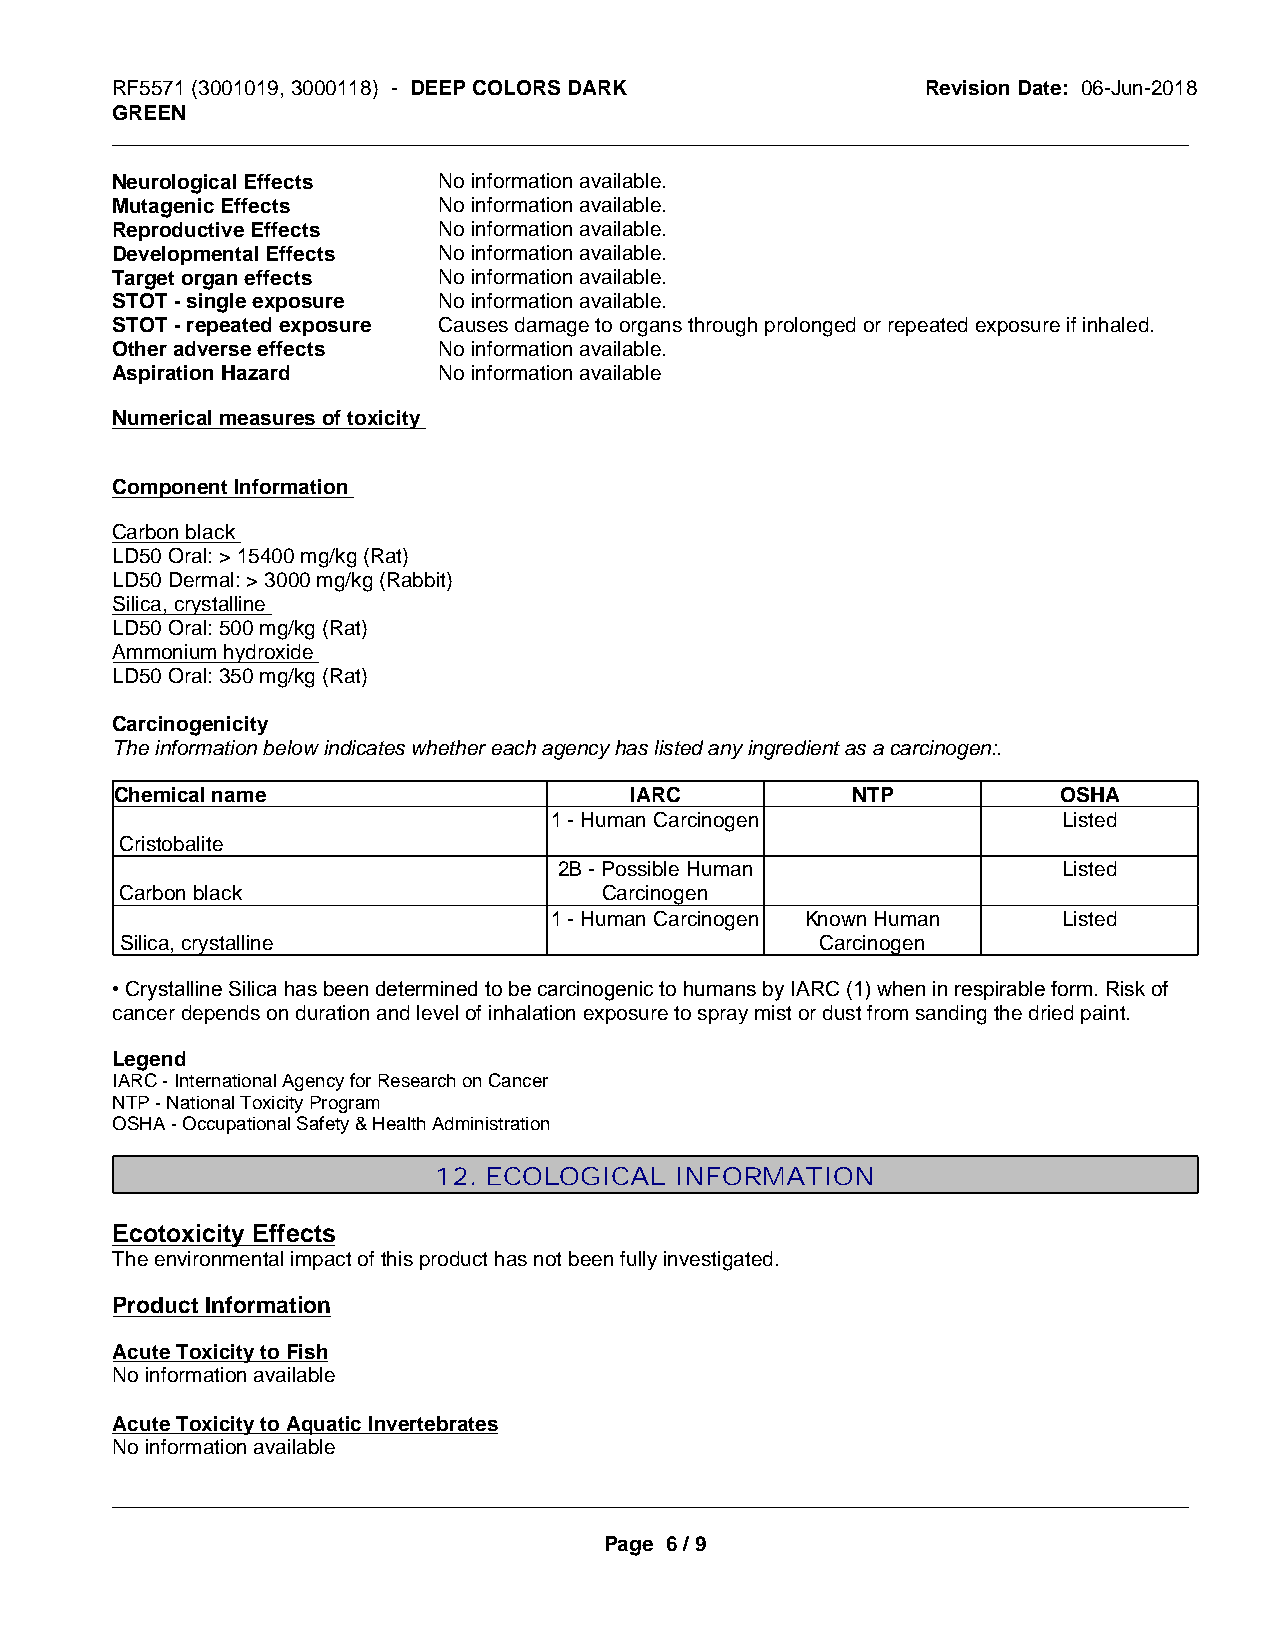
RF5571 (3001019, 3000118) - DEEP COLORS DARK          Revision Date: 06-Jun-2018
 GREEN
 _____________________________________________________________________________________________
 Neurological Effects  No information available.
 Mutagenic Effects     No information available.
 Reproductive Effects  No information available.
 Developmental Effects No information available.
 Target organ effects  No information available.
 STOT - single exposure No information available.
 STOT - repeated exposure Causes damage to organs through prolonged or repeated exposure if inhaled.
 Other adverse effects No information available.
 Aspiration Hazard     No information available
 Numerical measures of toxicity
 Component Information
 Carbon black
 LD50 Oral: > 15400 mg/kg (Rat)
 LD50 Dermal: > 3000 mg/kg (Rabbit)
 Silica, crystalline
 LD50 Oral: 500 mg/kg (Rat)
 Ammonium hydroxide
 LD50 Oral: 350 mg/kg (Rat)
 Carcinogenicity
 The information below indicates whether each agency has listed any ingredient as a carcinogen:.
 Chemical name                     IARC          NTP           OSHA
 1 - Human Carcinogen              Listed
 Cristobalite
 2B - Possible Human              Listed
 Carbon black                    Carcinogen
 1 - Human Carcinogen Known Human  Listed
 Silica, crystalline                           Carcinogen
 • Crystalline Silica has been determined to be carcinogenic to humans by IARC (1) when in respirable form. Risk of
 cancer depends on duration and level of inhalation exposure to spray mist or dust from sanding the dried paint.
 Legend
 IARC - International Agency for Research on Cancer
 NTP - National Toxicity Program
 OSHA - Occupational Safety & Health Administration
 12. ECOLOGICAL  INFORMATION
 Ecotoxicity Effects
 The environmental impact of this product has not been fully investigated.
 Product Information
 Acute Toxicity to Fish
 No information available
 Acute Toxicity to Aquatic Invertebrates
 No information available
 _____________________________________________________________________________________________
 Page 6 / 9